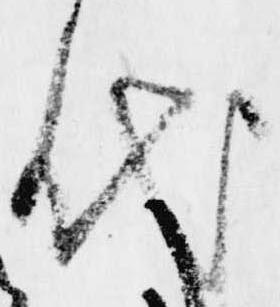
代